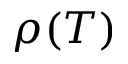
\rho ( T )